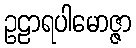
ဥဠာရပါမောဇ္ဇာ